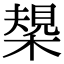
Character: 槼